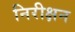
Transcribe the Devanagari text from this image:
निरीक्षन